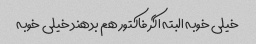
خیلی خوبه البته اگر فاکتور هم بدهند خیلی خوبه